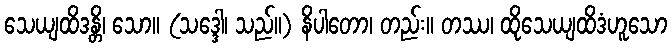
သေယျထိဒန္တိ၊ သော။ (သဒ္ဒေါ၊ သည်။) နိပါတော၊ တည်း။ တဿ၊ ထိုသေယျထိဒံဟူသော